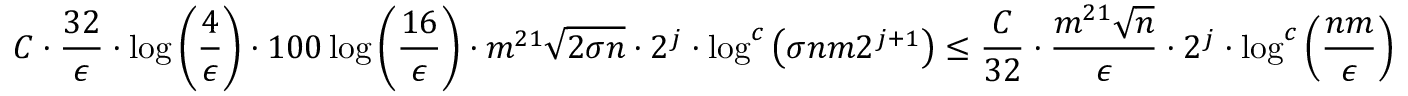
C \cdot \frac { 3 2 } { \epsilon } \cdot \log \left( \frac { 4 } { \epsilon } \right) \cdot 1 0 0 \log \left( \frac { 1 6 } { \epsilon } \right) \cdot m ^ { 2 1 } \sqrt { 2 \sigma n } \cdot 2 ^ { j } \cdot \log ^ { c } \left( \sigma n m 2 ^ { j + 1 } \right) \leq \frac { C } { 3 2 } \cdot \frac { m ^ { 2 1 } \sqrt { n } } { \epsilon } \cdot 2 ^ { j } \cdot \log ^ { c } \left( \frac { n m } { \epsilon } \right)